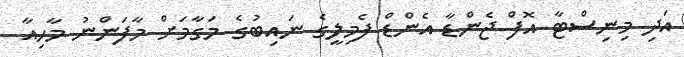
އަދި މިނިސްޓާ އޮފް ޖެންޑާ އެންޑް ފެމިލީގެ ނައިބުގެ މަގާމަށް މާފަންނު މާހިއާ